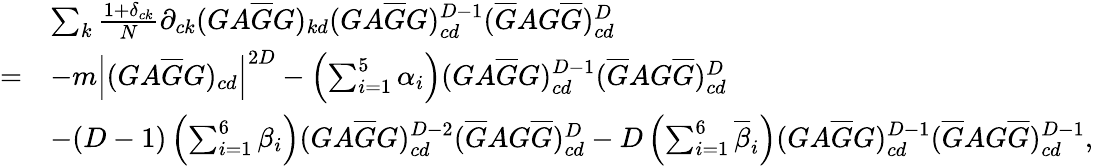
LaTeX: \begin{array}{rl}&{\sum_{k}\frac{1+\delta_{ck}}{N}\partial_{ck}(GA\overline{G}G)_{kd}(GA\overline{{G}}G)_{cd}^{D-1}(\overline{{G}}AG\overline{{G}})_{cd}^{D}}\\ {=}&{-m\left|(GA\overline{{G}}G)_{cd}\right|^{2D}-\left(\sum_{i=1}^{5}\alpha_{i}\right)(GA\overline{{G}}G)_{cd}^{D-1}(\overline{{G}}AG\overline{{G}})_{cd}^{D}}\\ &{-(D-1)\left(\sum_{i=1}^{6}\beta_{i}\right)(GA\overline{{G}}G)_{cd}^{D-2}(\overline{{G}}AG\overline{{G}})_{cd}^{D}-D\left(\sum_{i=1}^{6}\overline{{\beta}}_{i}\right)(GA\overline{{G}}G)_{cd}^{D-1}(\overline{{G}}AG\overline{{G}})_{cd}^{D-1},}\end{array}